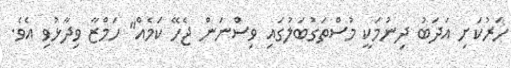
ހަރުކަށި އަދަބު ދިނުމަކީ މުސްތަގުބަލުގައި ވިސްނަން ޖެހޭ ކަމެއް" ހަމްޒާ ވިދާޅުވި އެވެ.